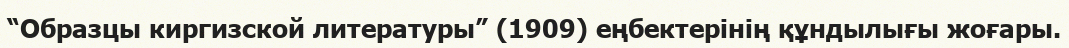
“Образцы киргизской литературы” (1909) еңбектерінің құндылығы жоғары.